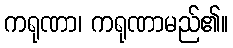
ကရုဏာ၊ ကရုဏာမည်၏။